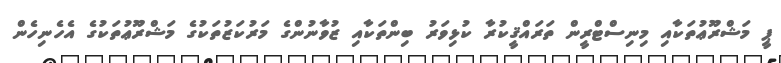
ޕީ މަޝްރޫޢުތަކާއި މިނިސްޓްރީން ތަރައްޤީކުރާ ކުޅިވަރު ބިންތަކާއި ޒުވާނުންގެ މަރުކަޒުތަކުގެ މަޝްރޫޢުތަކުގެ އެހެނިހެން